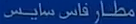
مطافن-قاس-سا